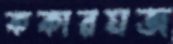
ককারমজ